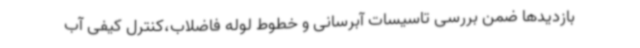
بازدیدها ضمن بررسی تاسیسات آبرسانی و خطوط لوله فاضلاب،کنترل کیفی آب